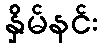
နှိမ်နင်း